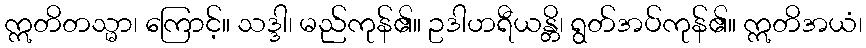
ဣတိတသ္မာ၊ ကြောင့်။ သဒ္ဒါ၊ မည်ကုန်၏။ ဥဒါဟရီယန္တိ၊ ရွတ်အပ်ကုန်၏။ ဣတိအယံ၊